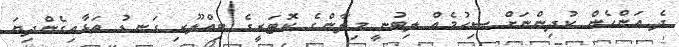
ދެ އަންހެން ކުދިންނަށް ސިހުމެއް ލިބުނީ މިލާންގެ ކޮޓަރީގެ ބިއްލޫރި ގަނޑު ތަޅާއިގެންދިޔަ